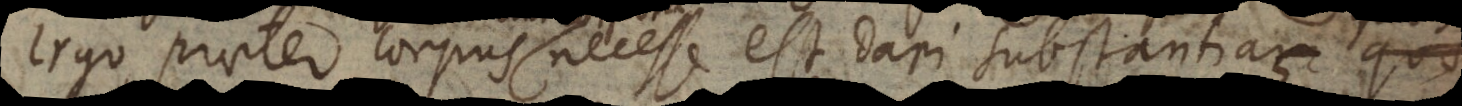
Ergo praeter corpus necesse est dari substantiam quae